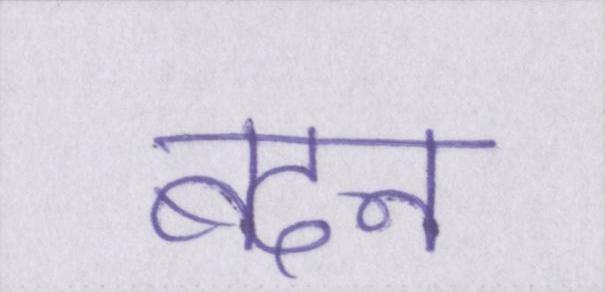
बदन